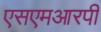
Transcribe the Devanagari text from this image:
एसएमआरपी